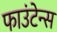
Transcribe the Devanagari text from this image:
फाउंटेन्स